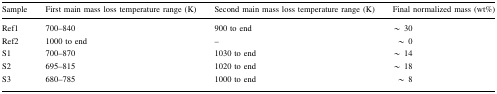
<table><thead><tr><td><b>Sample</b></td><td><b>First main mass loss temperature range (K)</b></td><td><b>Second main mass loss temperature range (K)</b></td><td><b>Final normalized mass (wt%)</b></td></tr></thead><tbody><tr><td>Ref1</td><td>700–840</td><td>900 to end</td><td>~ 30</td></tr><tr><td>Ref2</td><td>1000 to end</td><td>–</td><td>~ 0</td></tr><tr><td>S1</td><td>700–870</td><td>1030 to end</td><td>~ 14</td></tr><tr><td>S2</td><td>695–815</td><td>1020 to end</td><td>~ 18</td></tr><tr><td>S3</td><td>680–785</td><td>1000 to end</td><td>~ 8</td></tr></tbody></table>